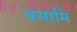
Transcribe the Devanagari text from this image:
वसामि